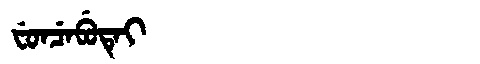
Manchu: ᠸᡠᠨᠴᡝᠪᡠᡨᡝᡳ
Romanization: FUNCEBUTEI